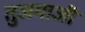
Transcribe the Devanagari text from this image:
तुजमाजी